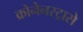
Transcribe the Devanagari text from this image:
क्रोनेनस्ट्रासे